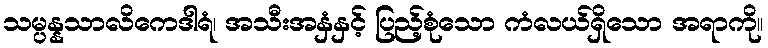
သမ္ပန္နသာလိကေဒါရံ၊ အသီးအနှံနှင့် ပြည့်စုံသော ကံလယ်ရှိသော အရာကို။